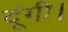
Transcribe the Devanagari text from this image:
दूंगी।